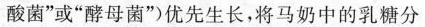
酸菌”或”酵母菌”)优先生长，将马奶中的乳糖分